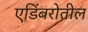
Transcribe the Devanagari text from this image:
एडिंबरोतील